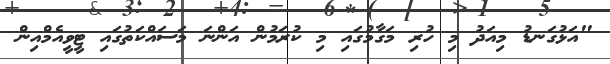
"އަޅުގަނޑު މިއަދު މި ހުރި މަގާމުގައި މި ކުރަމުން އަންނަ މަސައްކަތުގައި ޓީވީއެމްއިން